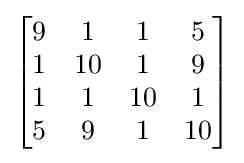
{\begin{bmatrix}9&1&1&5\\1&10&1&9\\1&1&10&1\\5&9&1&10\end{bmatrix}}